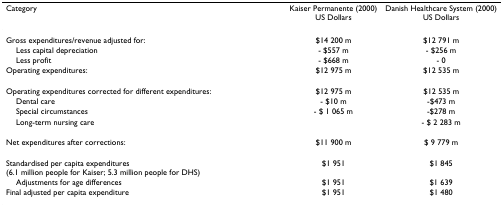
<table><thead><tr><td><b>Category</b></td><td><b>Kaiser Permanente (2000)US Dollars</b></td><td><b>Danish Healthcare System (2000)US Dollars</b></td></tr></thead><tbody><tr><td>Gross expenditures/revenue adjusted for:</td><td>$14 200 m</td><td>$12 791 m</td></tr><tr><td> Less capital depreciation</td><td>- $557 m</td><td>- $256 m</td></tr><tr><td> Less profit</td><td>- $668 m</td><td>- 0</td></tr><tr><td>Operating expenditures:</td><td>$12 975 m</td><td>$12 535 m</td></tr><tr><td>Operating expenditures corrected for different expenditures:</td><td>$12 975 m</td><td>$12 535 m</td></tr><tr><td> Dental care</td><td>- $10 m</td><td>-$473 m</td></tr><tr><td> Special circumstances</td><td>- $ 1 065 m</td><td>-$278 m</td></tr><tr><td> Long-term nursing care</td><td></td><td>- $ 2 283 m</td></tr><tr><td>Net expenditures after corrections:</td><td>$11 900 m</td><td>$ 9 779 m</td></tr><tr><td>Standardised per capita expenditures (6.1 million people for Kaiser; 5.3 million people for DHS)</td><td>$1 951</td><td>$1 845</td></tr><tr><td> Adjustments for age differences</td><td>$1 951</td><td>$1 639</td></tr><tr><td>Final adjusted per capita expenditure</td><td>$1 951</td><td>$1 480</td></tr></tbody></table>